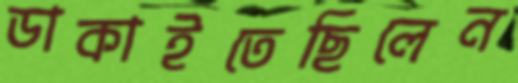
ডাকাইতেছিলেন